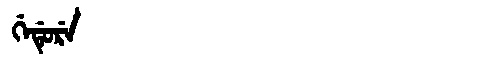
Manchu: ᡤᡝᡩᡠᡵᡝ
Romanization: GEDURE